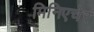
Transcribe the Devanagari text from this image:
मिनिएचेर